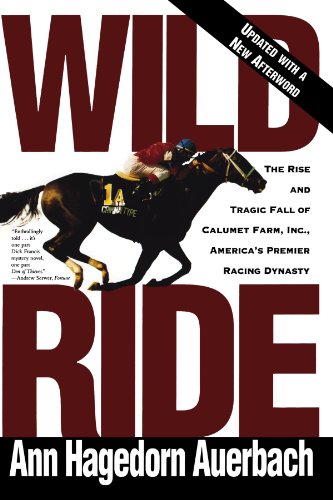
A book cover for Wild Ride: The Rise and Tragic Fall of Calumet Farm Inc., America's Premier Racing Dynasty; Ann Hagedorn Auerbach; Business & Money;